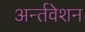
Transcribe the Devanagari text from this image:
अर्न्तवेशन